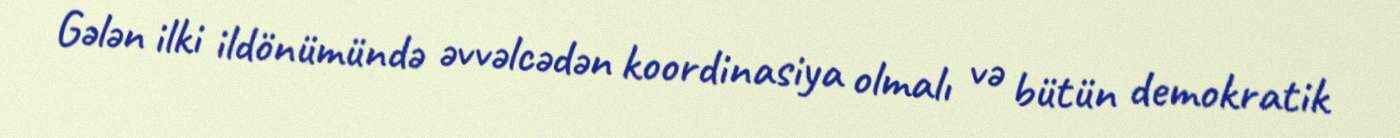
Gələn ilki ildönümündə əvvəlcədən koordinasiya olmalı və bütün demokratik